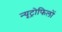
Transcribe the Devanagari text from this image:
न्यूट्रोफिलों